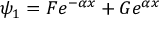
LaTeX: \psi _ { 1 } = F e ^ { - \alpha x } + G e ^ { \alpha x } \,